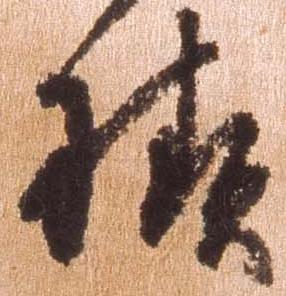
様